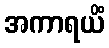
အကာရယိံ